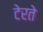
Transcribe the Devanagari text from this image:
टेरते